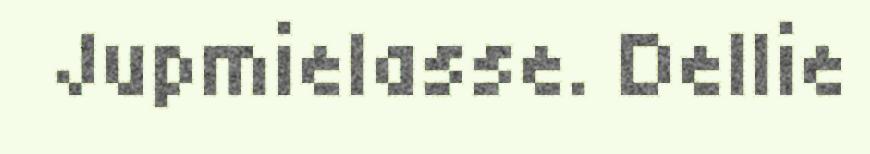
Jupmielasse. Dellie